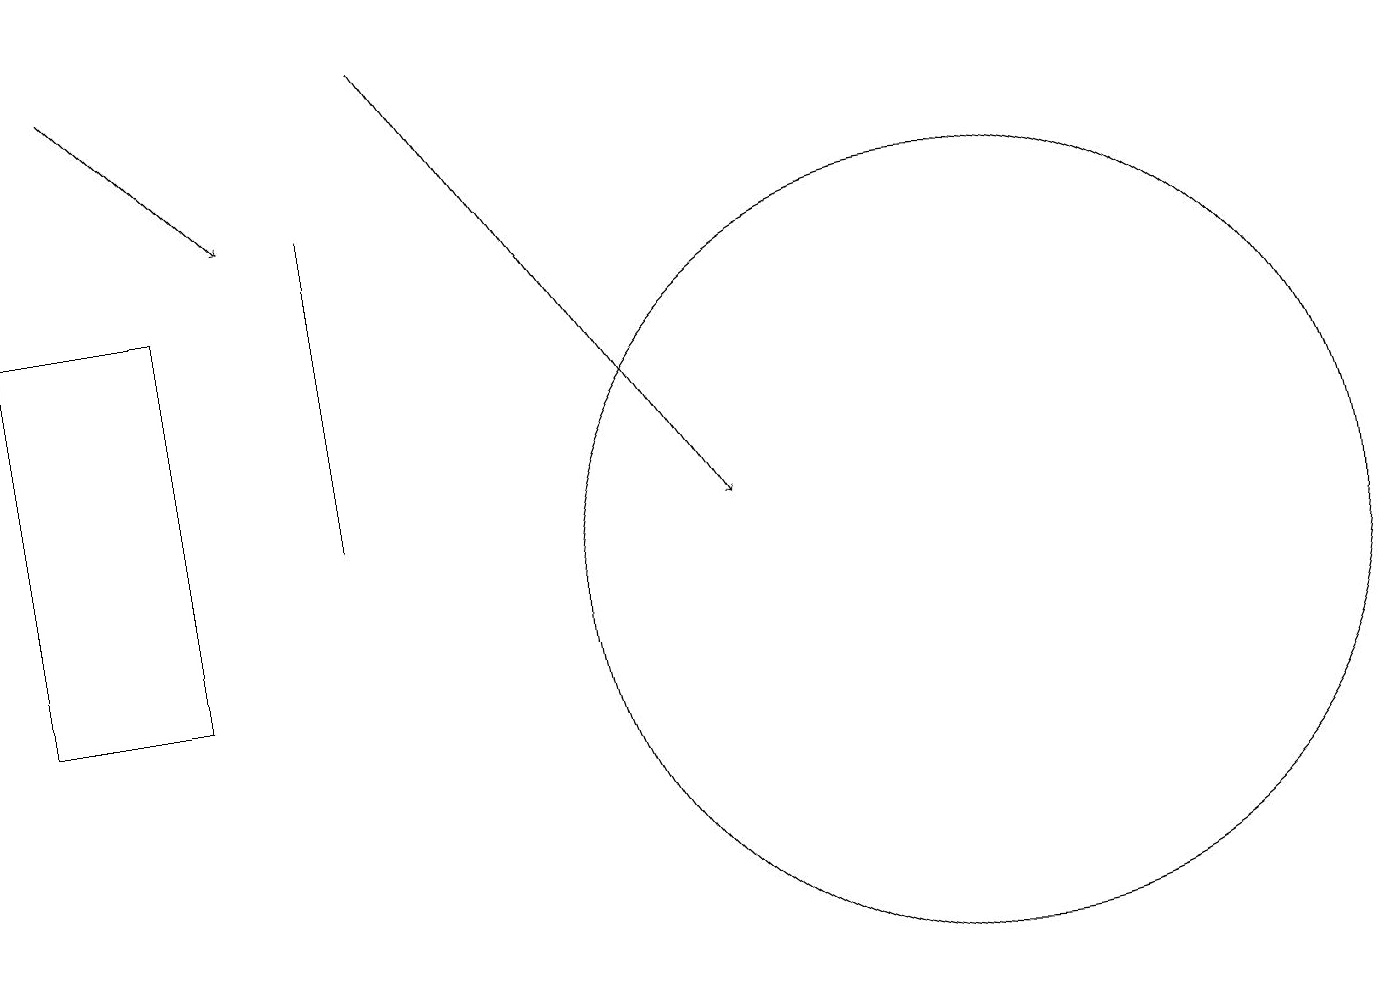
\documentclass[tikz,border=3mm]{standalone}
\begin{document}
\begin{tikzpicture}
\draw (4,13) rectangle (4,17);
\draw (2,11) rectangle (0,16);
\draw[->] (1,19) -- (3,17);
\draw (12,12) circle (5);
\draw (11,11) circle (0);
\draw[->] (5,19) -- (9,13);
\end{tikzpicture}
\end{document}